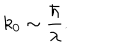
k _ { 0 } \sim { \frac { \hbar } { \lambda } } .